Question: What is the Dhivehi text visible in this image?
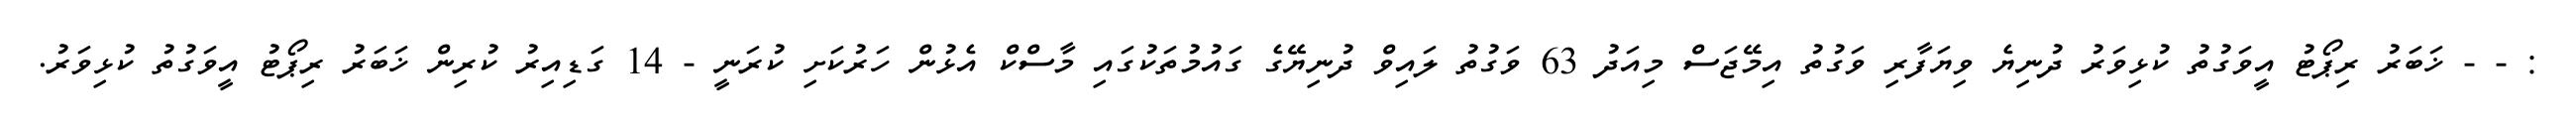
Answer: : - - ޚަބަރު ރިޕޯޓު އީވަގުތު ކުޅިވަރު ދުނިޔެ ވިޔަފާރި ވަގުތު އިމޭޖަސް މިއަދު 63 ވަގުތު ލައިވް ދުނިޔޭގެ ގައުމުތަކުގައި މާސްކް އެޅުން ހަރުކަށި ކުރަނީ - 14 ގަޑިއިރު ކުރިން ޚަބަރު ރިޕޯޓު އީވަގުތު ކުޅިވަރު.